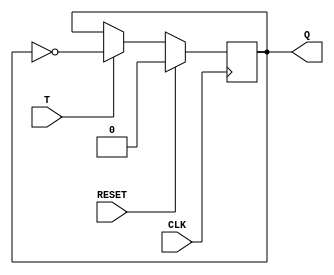
module tffp(CLK, RESET, T, Q);
	input CLK;		// The clock signal
	input RESET;	// Synchronous reset signal (sets Q = 0)
	input T;			// Signals whether the output should be toggled
	
	output Q;
	reg Q;
	
	always @(posedge CLK) begin
		Q <= RESET ? 1'b0 : (T ? ~Q : Q);
		// If RESET == 1, Q <= 0
		// otherwise, if T == 1, flip Q, otherwise do nothing
	end
endmodule